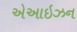
એઆઇઝન